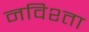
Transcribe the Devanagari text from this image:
नविश्ता